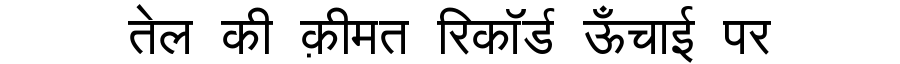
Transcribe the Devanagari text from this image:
तेल की क़ीमत रिकॉर्ड ऊँचाई पर